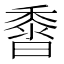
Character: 𪏰